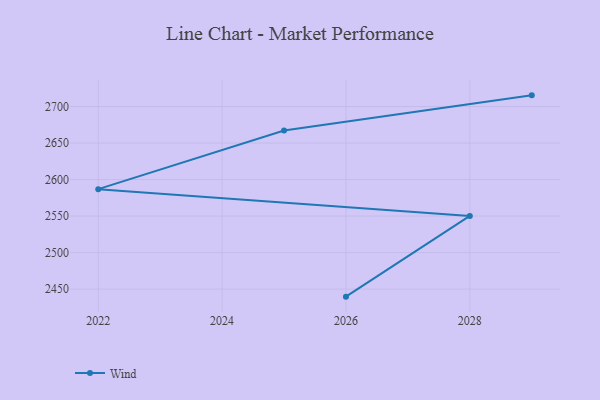
{"axis": {"x": "Year", "y": "Backlog"}, "legend": ["Wind"], "data": [{"x": "2029", "y": 2715.3, "type": "Wind"}, {"x": "2025", "y": 2667.1, "type": "Wind"}, {"x": "2022", "y": 2586.8, "type": "Wind"}, {"x": "2028", "y": 2550.2, "type": "Wind"}, {"x": "2026", "y": 2439.6, "type": "Wind"}]}